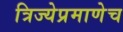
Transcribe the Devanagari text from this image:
त्रिज्येप्रमाणेच